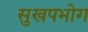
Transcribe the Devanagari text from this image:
सुखपभोग